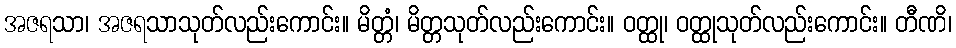
အဇရသာ၊ အဇရသာသုတ်လည်းကောင်း။ မိတ္တံ၊ မိတ္တသုတ်လည်းကောင်း။ ဝတ္ထု၊ ဝတ္ထုသုတ်လည်းကောင်း။ တီဏိ၊